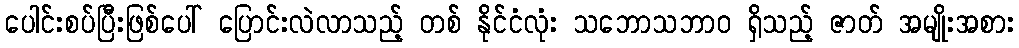
ပေါင်းစပ်ပြီးဖြစ်ပေါ် ပြောင်းလဲလာသည့် တစ် နိုင်ငံလုံး သဘောသဘာဝ ရှိသည့် ဇာတ် အမျိုးအစား